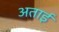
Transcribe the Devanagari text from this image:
अताई